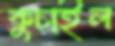
কুচাইল